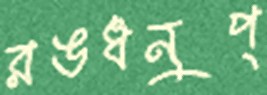
রঙধনুপ্